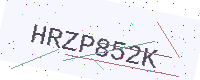
Text: HRZP852K